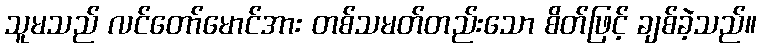
သူမသည် လင်တော်မောင်အား တစ်သမတ်တည်းသော စိတ်ဖြင့် ချစ်ခဲ့သည်။